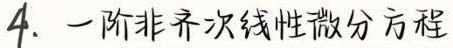
4. 一阶非齐次线性微分方程